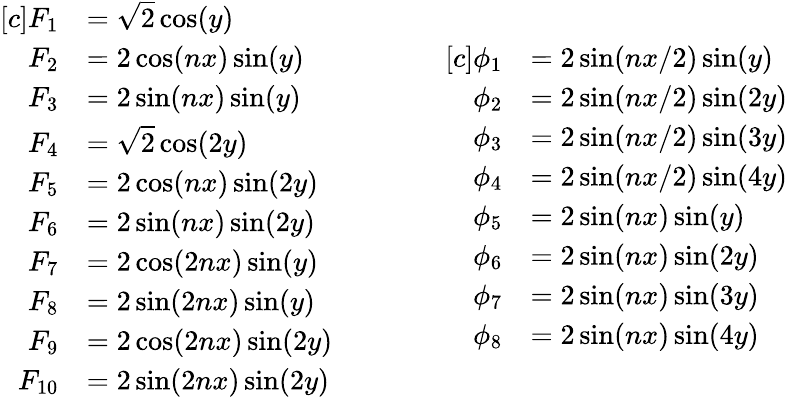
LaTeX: \begin{array}{rl}{[c]F_{1}}&{=\sqrt{2}\cos(y)}\\ {F_{2}}&{=2\cos(nx)\sin(y)}\\ {F_{3}}&{=2\sin(nx)\sin(y)}\\ {F_{4}}&{=\sqrt{2}\cos(2y)}\\ {F_{5}}&{=2\cos(nx)\sin(2y)}\\ {F_{6}}&{=2\sin(nx)\sin(2y)}\\ {F_{7}}&{=2\cos(2nx)\sin(y)}\\ {F_{8}}&{=2\sin(2nx)\sin(y)}\\ {F_{9}}&{=2\cos(2nx)\sin(2y)}\\ {F_{10}}&{=2\sin(2nx)\sin(2y)}\end{array}\qquad\qquad\begin{array}{rl}{[c]\phi_{1}}&{=2\sin(nx/2)\sin(y)}\\ {\phi_{2}}&{=2\sin(nx/2)\sin(2y)}\\ {\phi_{3}}&{=2\sin(nx/2)\sin(3y)}\\ {\phi_{4}}&{=2\sin(nx/2)\sin(4y)}\\ {\phi_{5}}&{=2\sin(nx)\sin(y)}\\ {\phi_{6}}&{=2\sin(nx)\sin(2y)}\\ {\phi_{7}}&{=2\sin(nx)\sin(3y)}\\ {\phi_{8}}&{=2\sin(nx)\sin(4y)}\end{array}